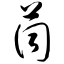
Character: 茼